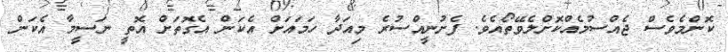
ކޮންމެވެސް ޖެއްސުމެއްކޮށްލެވޭތޯއެވެ. ފެށުނީއްސުރެ މިއަދާ ހަމައަށް އެކަން އެގޮތަށް އޮތީ ނަސީމާ އެކަން